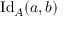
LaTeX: \mathrm { I d } _ { A } ( a , b )